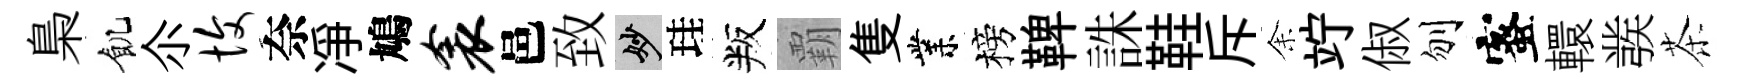
梟飢尒愎奈凈鳩衾邑致妙珪叛覇隻業榜鞞誅鞋斥𪜬竚俶刎蜜轘彂茶